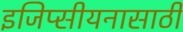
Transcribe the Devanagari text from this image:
इजिप्सीयनासाठी